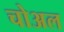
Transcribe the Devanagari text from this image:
चोअल